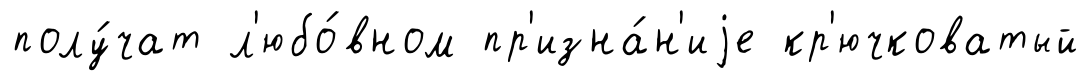
полу́чат л'юбо́вном пр'изна́н'иjе кр'ючковатый